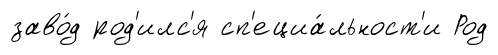
заво́д род'илс'я сп'ециа́льност'и Род